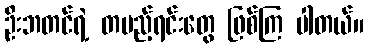
ဦးဘတင်ရဲ့ တပည့်ရင်းတွေ ဖြစ်ကြ ပါတယ်။